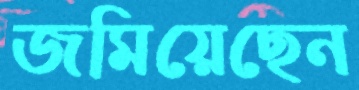
জমিয়েছেন